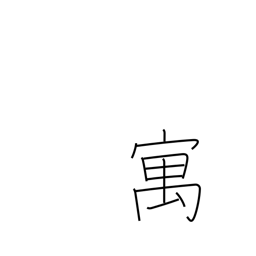
Meaning: temporary abode